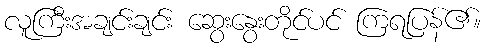
လူကြီးအချင်းချင်း ဆွေးနွေးတိုင်ပင် ကြရပြန်၏။